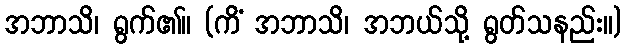
အဘာသိ၊ ရွက်၏။ (ကိံ အဘာသိ၊ အဘယ်သို့ ရွတ်သနည်း။)